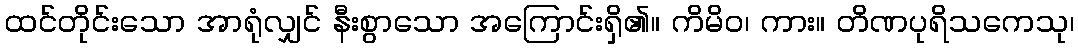
ထင်တိုင်းသော အာရုံလျှင် နီးစွာသော အကြောင်းရှိ၏။ ကိမိဝ၊ ကား။ တိဏပုရိသကေသု၊